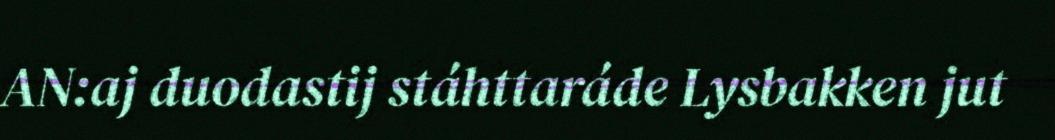
AN:aj duodastij stáhttaráde Lysbakken jut